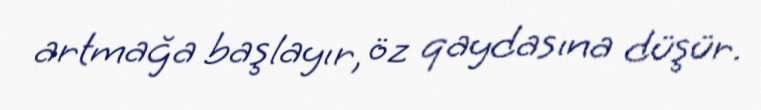
artmağa başlayır, öz qaydasına düşür.